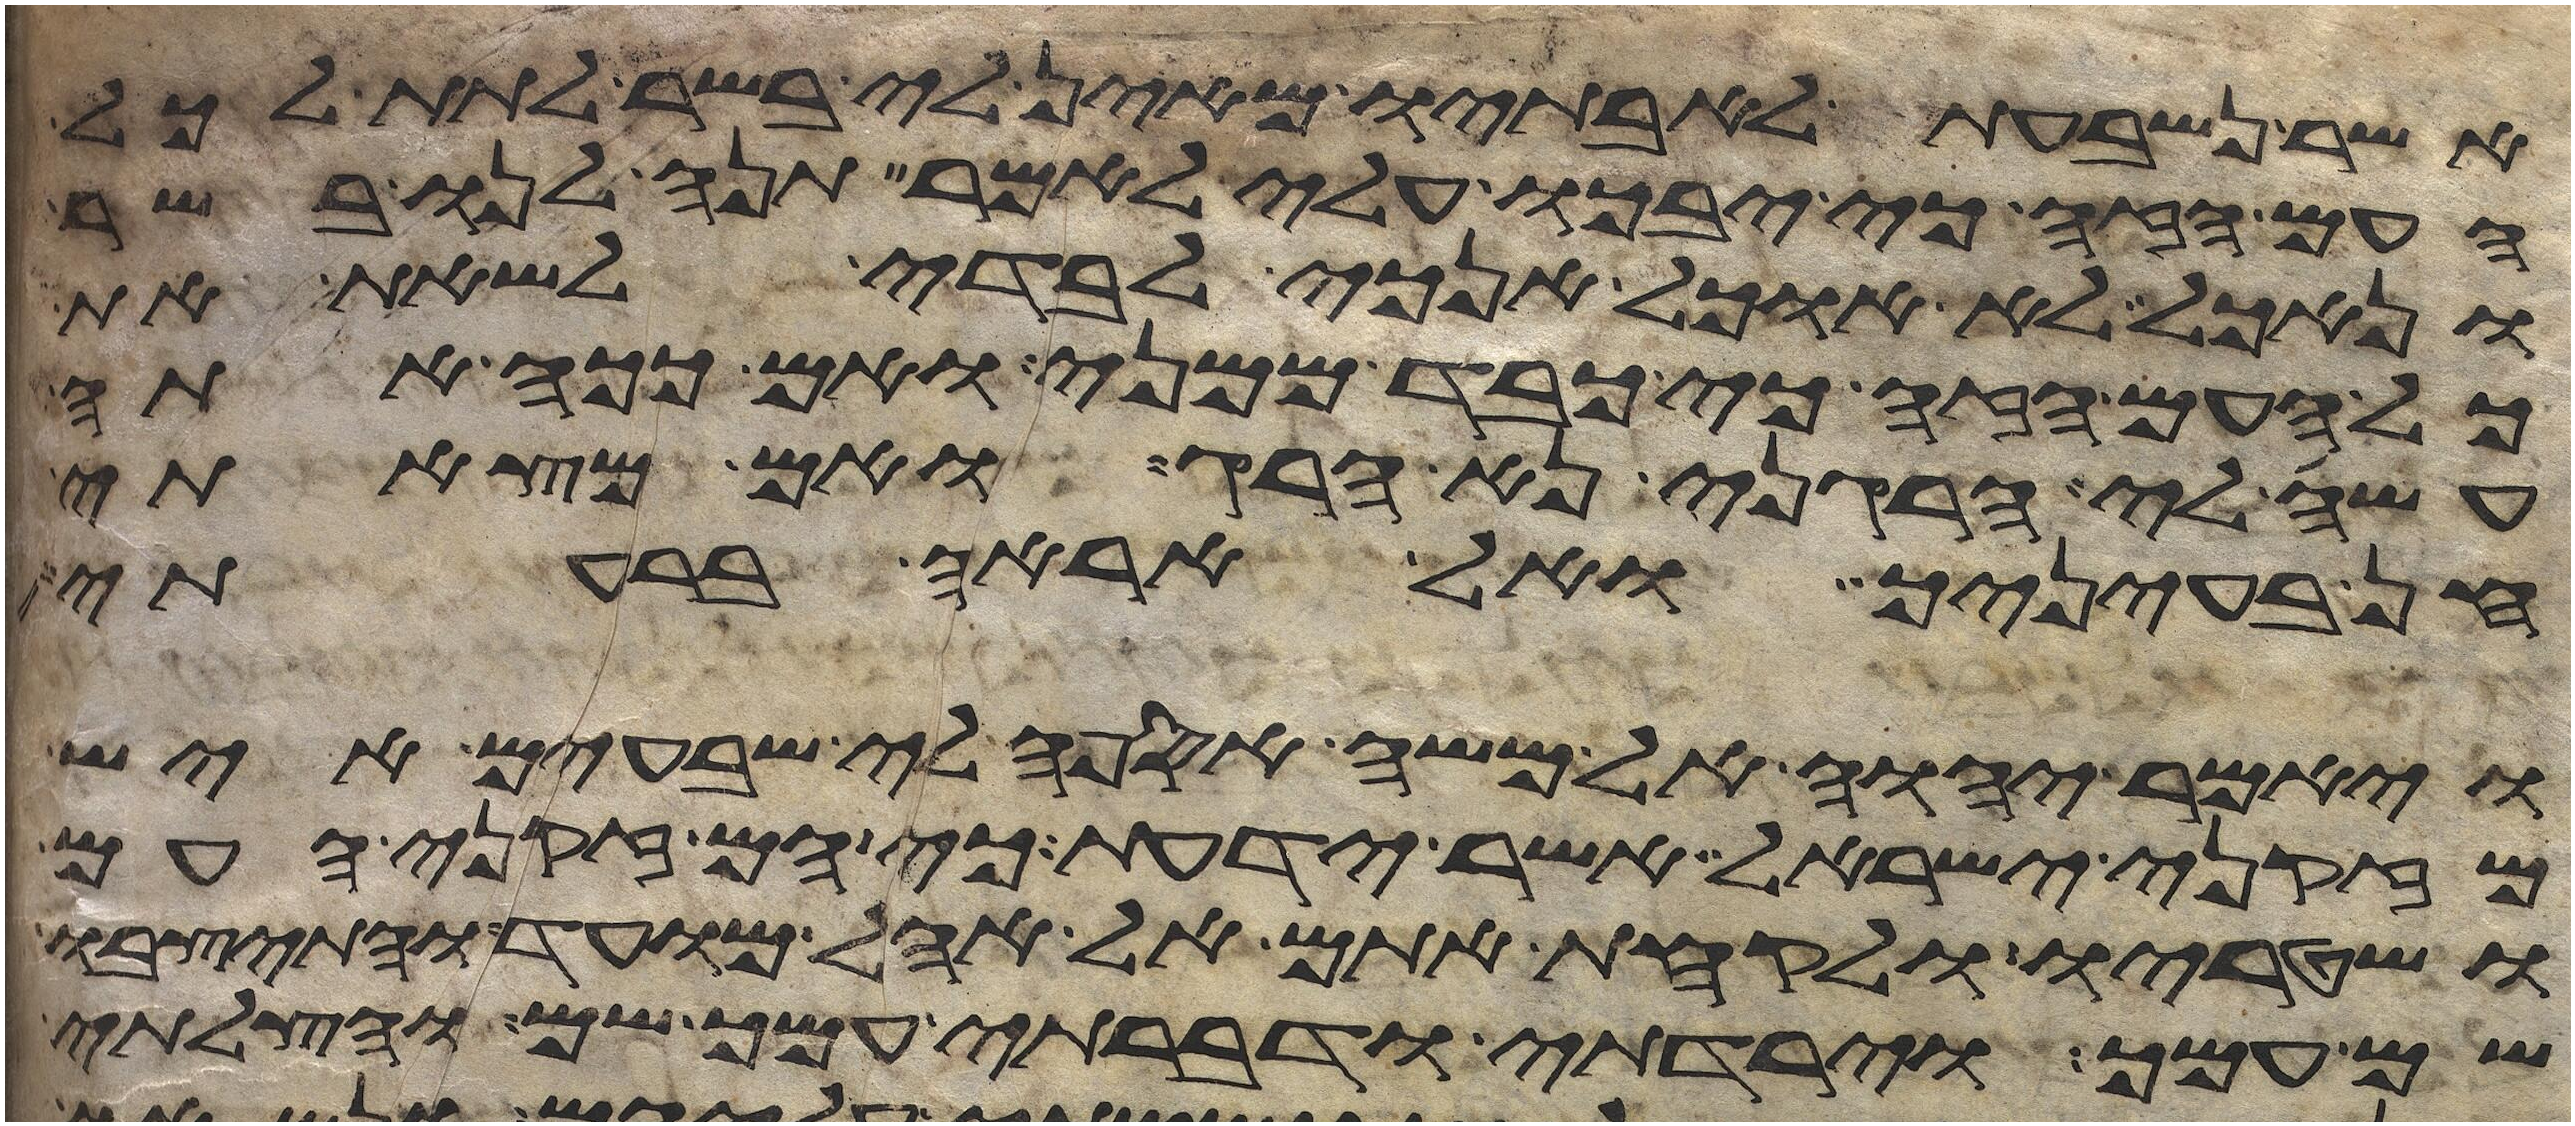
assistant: אשר נשבעת לאבתיו מאין לי בשר לתת לכל
העם הזה כי יבכו עלי לאמר תנה לנו בשר
ונאכל לא אוכל אנכי לבדי לשאת את
כל העם הזה כי כבד ממני ואם ככה אתה
עשה לי הרגני נא הרג ואם מצאתי
חן בעיניך ואל אראה ברעתי
ויאמר יהוה אל משה אספה לי שבעים איש
מזקני ישראל אשר ידעת כי הם זקני העם
ושוטריו ולקחת אתם אל אהל מועד והתיצבו
שם עמך וירדתי ודברתי עמך שם והצלתי